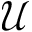
\mathcal { U }